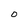
Character: O